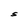
Character: S